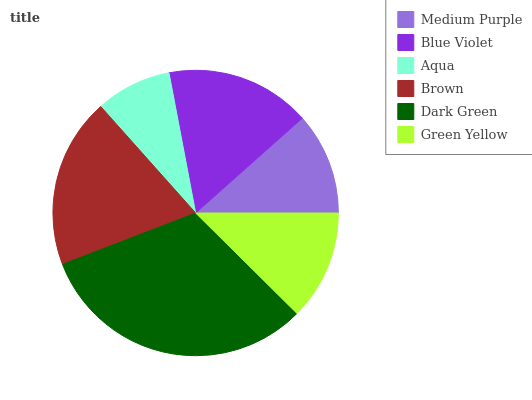
| Medium Purple | Blue Violet | Aqua | Brown | Dark Green | Green Yellow |
 | --- | --- | --- | --- | --- | --- |
 | 11.6% | 16.4% | 8.6% | 19.3% | 31.7% | 12.4% |